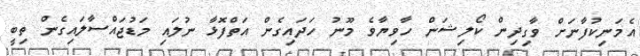
އެމަނިކުފާނަށް ވާގިދިން ކޯލިޝަން ހާވިޔާވެ މޫނު ހަދައިގެން އަތްފޮޅާ ނުލައި މަޑުޖައްސާލައިގެން ތިބީ